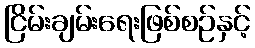
ငြိမ်းချမ်းရေးဖြစ်စဉ်နှင့်